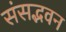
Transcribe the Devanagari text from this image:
संसद्भवन